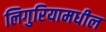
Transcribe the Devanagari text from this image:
लिगुरियामधील